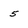
Character: 5